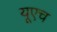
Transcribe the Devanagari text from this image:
यूएच